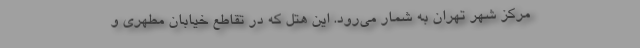
مرکز شهر تهران به شمار می‌رود. این هتل که در تقاطع خیابان مطهری و